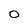
Character: O